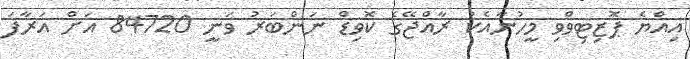
އިއްޔެ ޕޮޒިޓިވްވި މީހުނާއެކު ރާއްޖޭގެ ކޮވިޑް ނަންބަރު ވަނީ 84720 އަށް އަރާފަ